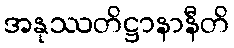
အနုဿတိဋ္ဌာနာနီတိ